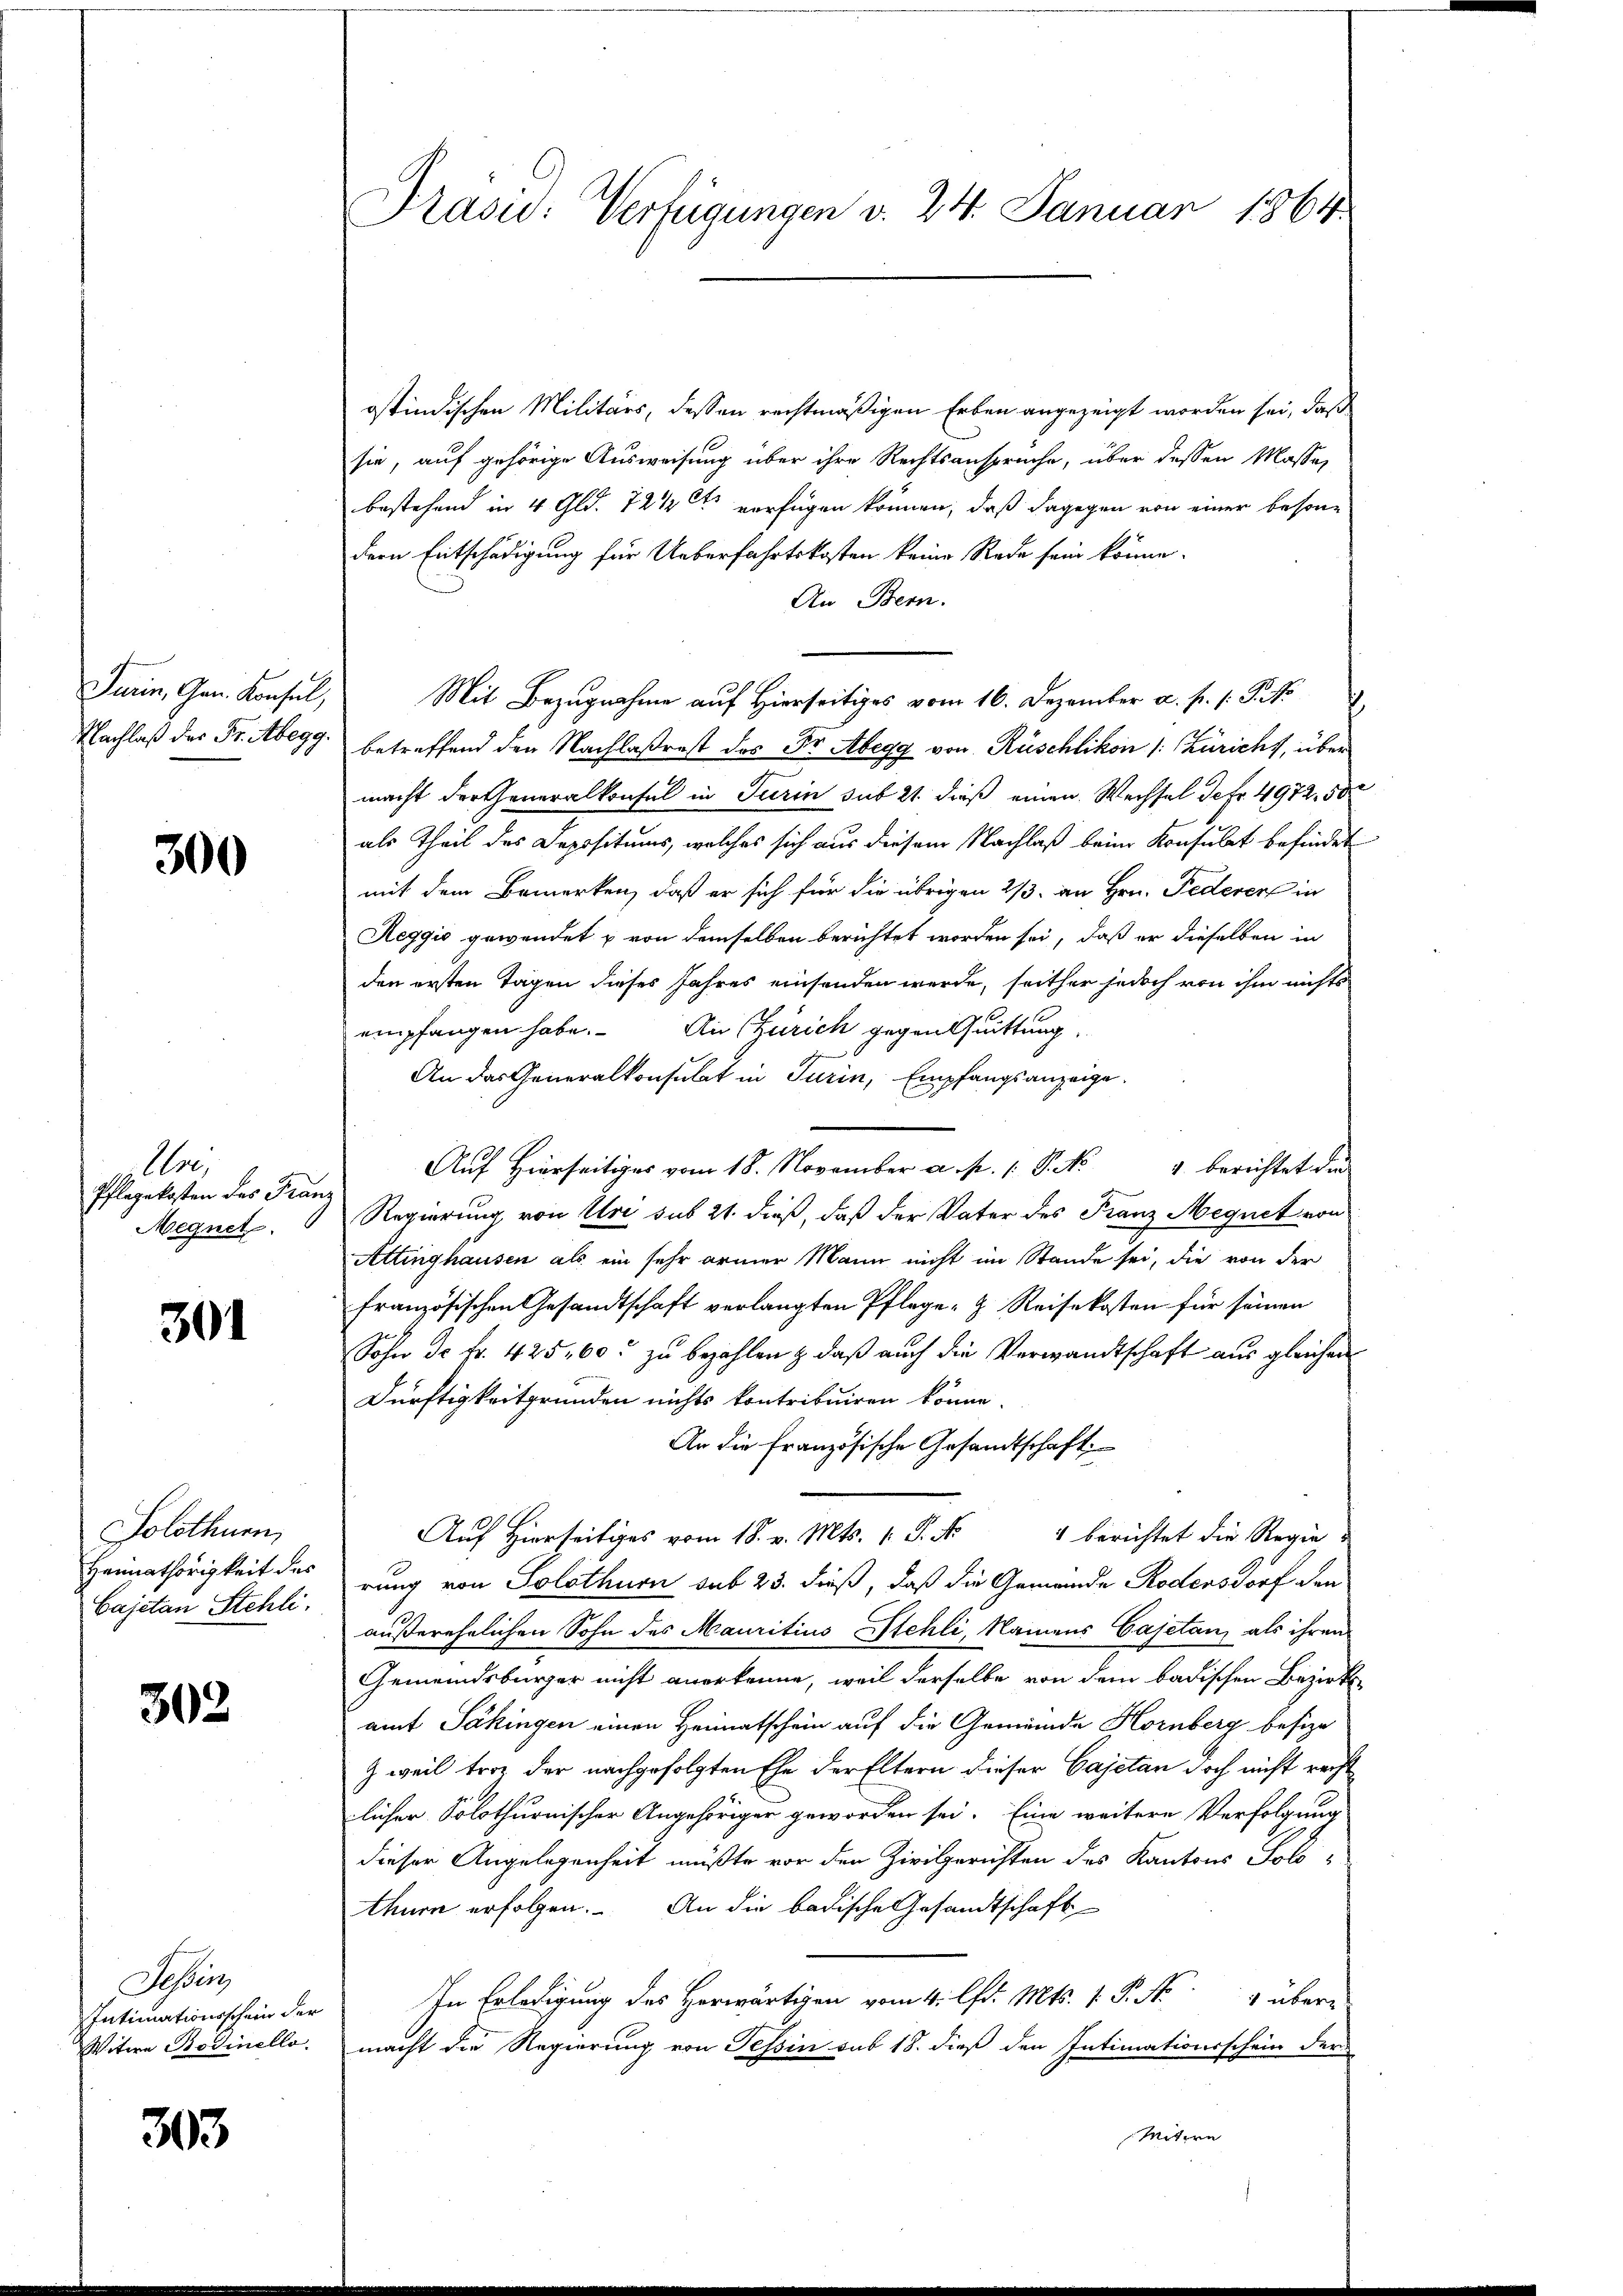
Turin, Gen. Konsul,
Nachlaß der Fr. Abegg

300

An
Pflegekosten des Fran
Megnet.

301

Solothurn,
Heimathörigkeit des
Cajetan Stehli.

302

Sessen
Intimationsschein der
Witere Bodinello.

303

Prasio: Verfügungen v. 24. Januar 1864

ostindischen Militärs, dessen rechtmäßigen Erben angezeigt worden sei, daß
sie, auf gehörige Ausweisung über ihre Rechtsanspruche, über dessen Masse,
bestehend in 4 Gld. 72 1/2 St verfügen können, daß dagegen von einer besondern Entschädigung für Ueberfahrtskosten keine Rede sein könne.
An Bern.
Mit Bezugnahme auf Hierseitiges vom 16. Dezember a. f. 1. P. M.
betreffend den Nachlaßrast des Dr. Abegg von Rüschlikon (: Züricht, über
macht der Generalkonsul in Turin sub 21. dieß einen Wechsel Jcfr. 4972. 50
als Theil des Depositums, welches sich aus diesem Nachlaß beim Konsulat befindet
mit dem Bemerken, daß er sich für die übrigen 2/3. an Hrn. Federer in
Reggio gewendet & von demselben berichtet worden sei, daß er dieselben in
den ersten Tagen dieses Jahres einsenden werde, seither jedoch von ihm nichts
empfangen habe. An Zürich gegen Quittung,
An das Generalkonsulat in Turin, Empfangsanzeige.
Auf Hierseitiges vom 18. November a. p. 1. P. Nr. 4 berichtet die
Regierung von Uri sub 21. dieß, daß der Vater des Franz Megnet von
Attinghausen als ein sehr armer Mann nicht im Stande sei, die von der
französischen Gesandtschaft verlangten Pflege- & Reisekosten für seinen
Sohn de fr. 425, 60. zu bezahlen & daß auch die Verwandtschaft aus gleichen
Dürftigkeitgründen nichts kontribuiren könne.
An die Französische Gesandtschaft,
h
Aŭf Hierseitiges vom 18. v. Mts. 1. P. Nr. 4 berichtet die Regie-
rung von Solothurn sub 23. dieß, daß die Gemeinde Rodensdorf den
außerehrlichen Sohn des Mauritius Stehli, Namens Cajetan, als ihren
Gemeindsbürger nicht anerkenne, weil derselbe von dem badischen Bezirks
amt Säkingen einen Heimatschein auf die Gemeinde Hornberg besize
Z weil trotz der nachgefolgten Ehe der Eltern dieser Cajetan doch nicht recht
licher Solothurnischer Angehöriger geworden sei. Eine weitere Verfolgung
dieser Angelegenheit mußte vor den Zivilgerichten des Kantons Solo-
thurn erfolgen. An die badische Gesandtschaft
In Erledigung des Herwärtigen vom 4. lfd. Mts. 1. P. Nr. 1 übere
macht die Regierung von Tessin sub 18. dieß den Intimationsschein der
Mitere